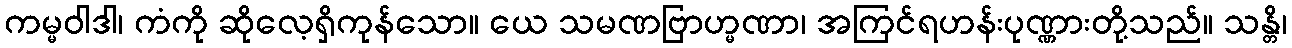
ကမ္မဝါဒါ၊ ကံကို ဆိုလေ့ရှိကုန်သော။ ယေ သမဏဗြာဟ္မဏာ၊ အကြင်ရဟန်းပုဏ္ဏားတို့သည်။ သန္တိ၊